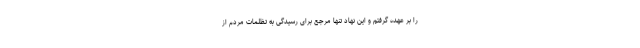
را بر عهده گرفتم و این نهاد تنها مرجع برای رسیدگی به تظلمات مردم از